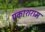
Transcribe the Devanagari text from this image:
प्रकाशराम